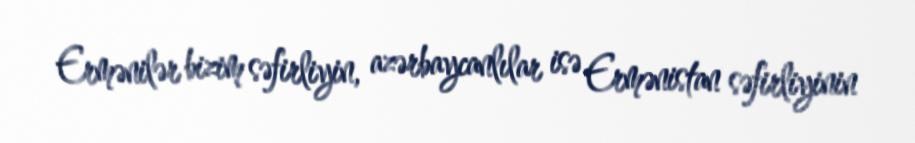
Ermənilər bizim səfirliyin, azərbaycanlılar isə Ermənistan səfirliyinin